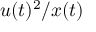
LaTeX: u ( t ) ^ { 2 } / x ( t )